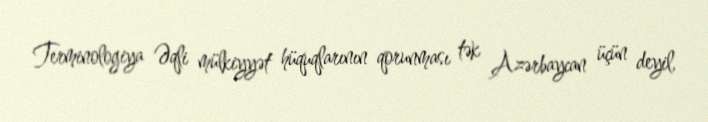
Terminologiya Əqli mülkiyyət hüquqlarının qorunması tək Azərbaycan üçün deyil,